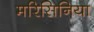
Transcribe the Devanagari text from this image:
मरिसिनिया